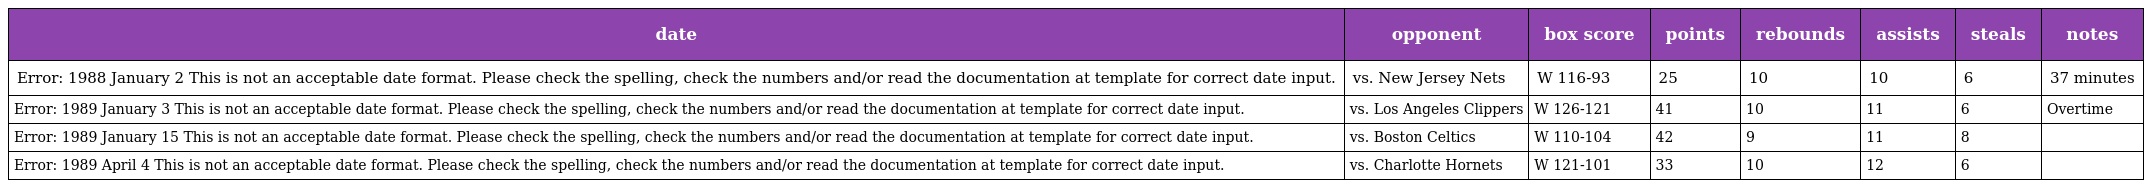
| date | opponent | box score | points | rebounds | assists | steals | notes |
 | --- | --- | --- | --- | --- | --- | --- | --- |
 | Error: 1988 January 2 This is not an acceptable date format. Please check the spelling, check the numbers and/or read the documentation at template for correct date input. | vs. New Jersey Nets | W 116-93 | 25 | 10 | 10 | 6 | 37 minutes |
 | Error: 1989 January 3 This is not an acceptable date format. Please check the spelling, check the numbers and/or read the documentation at template for correct date input. | vs. Los Angeles Clippers | W 126-121 | 41 | 10 | 11 | 6 | Overtime |
 | Error: 1989 January 15 This is not an acceptable date format. Please check the spelling, check the numbers and/or read the documentation at template for correct date input. | vs. Boston Celtics | W 110-104 | 42 | 9 | 11 | 8 |  |
 | Error: 1989 April 4 This is not an acceptable date format. Please check the spelling, check the numbers and/or read the documentation at template for correct date input. | vs. Charlotte Hornets | W 121-101 | 33 | 10 | 12 | 6 |  |